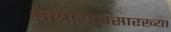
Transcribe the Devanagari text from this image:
इस्रायलसारख्या